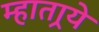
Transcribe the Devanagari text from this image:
म्हातार्‍ये